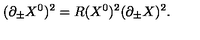
( \partial _ { \pm } X ^ { 0 } ) ^ { 2 } = R ( X ^ { 0 } ) ^ { 2 } ( \partial _ { \pm } X ) ^ { 2 } .